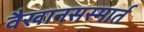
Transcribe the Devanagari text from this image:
वैखानसस्मार्त